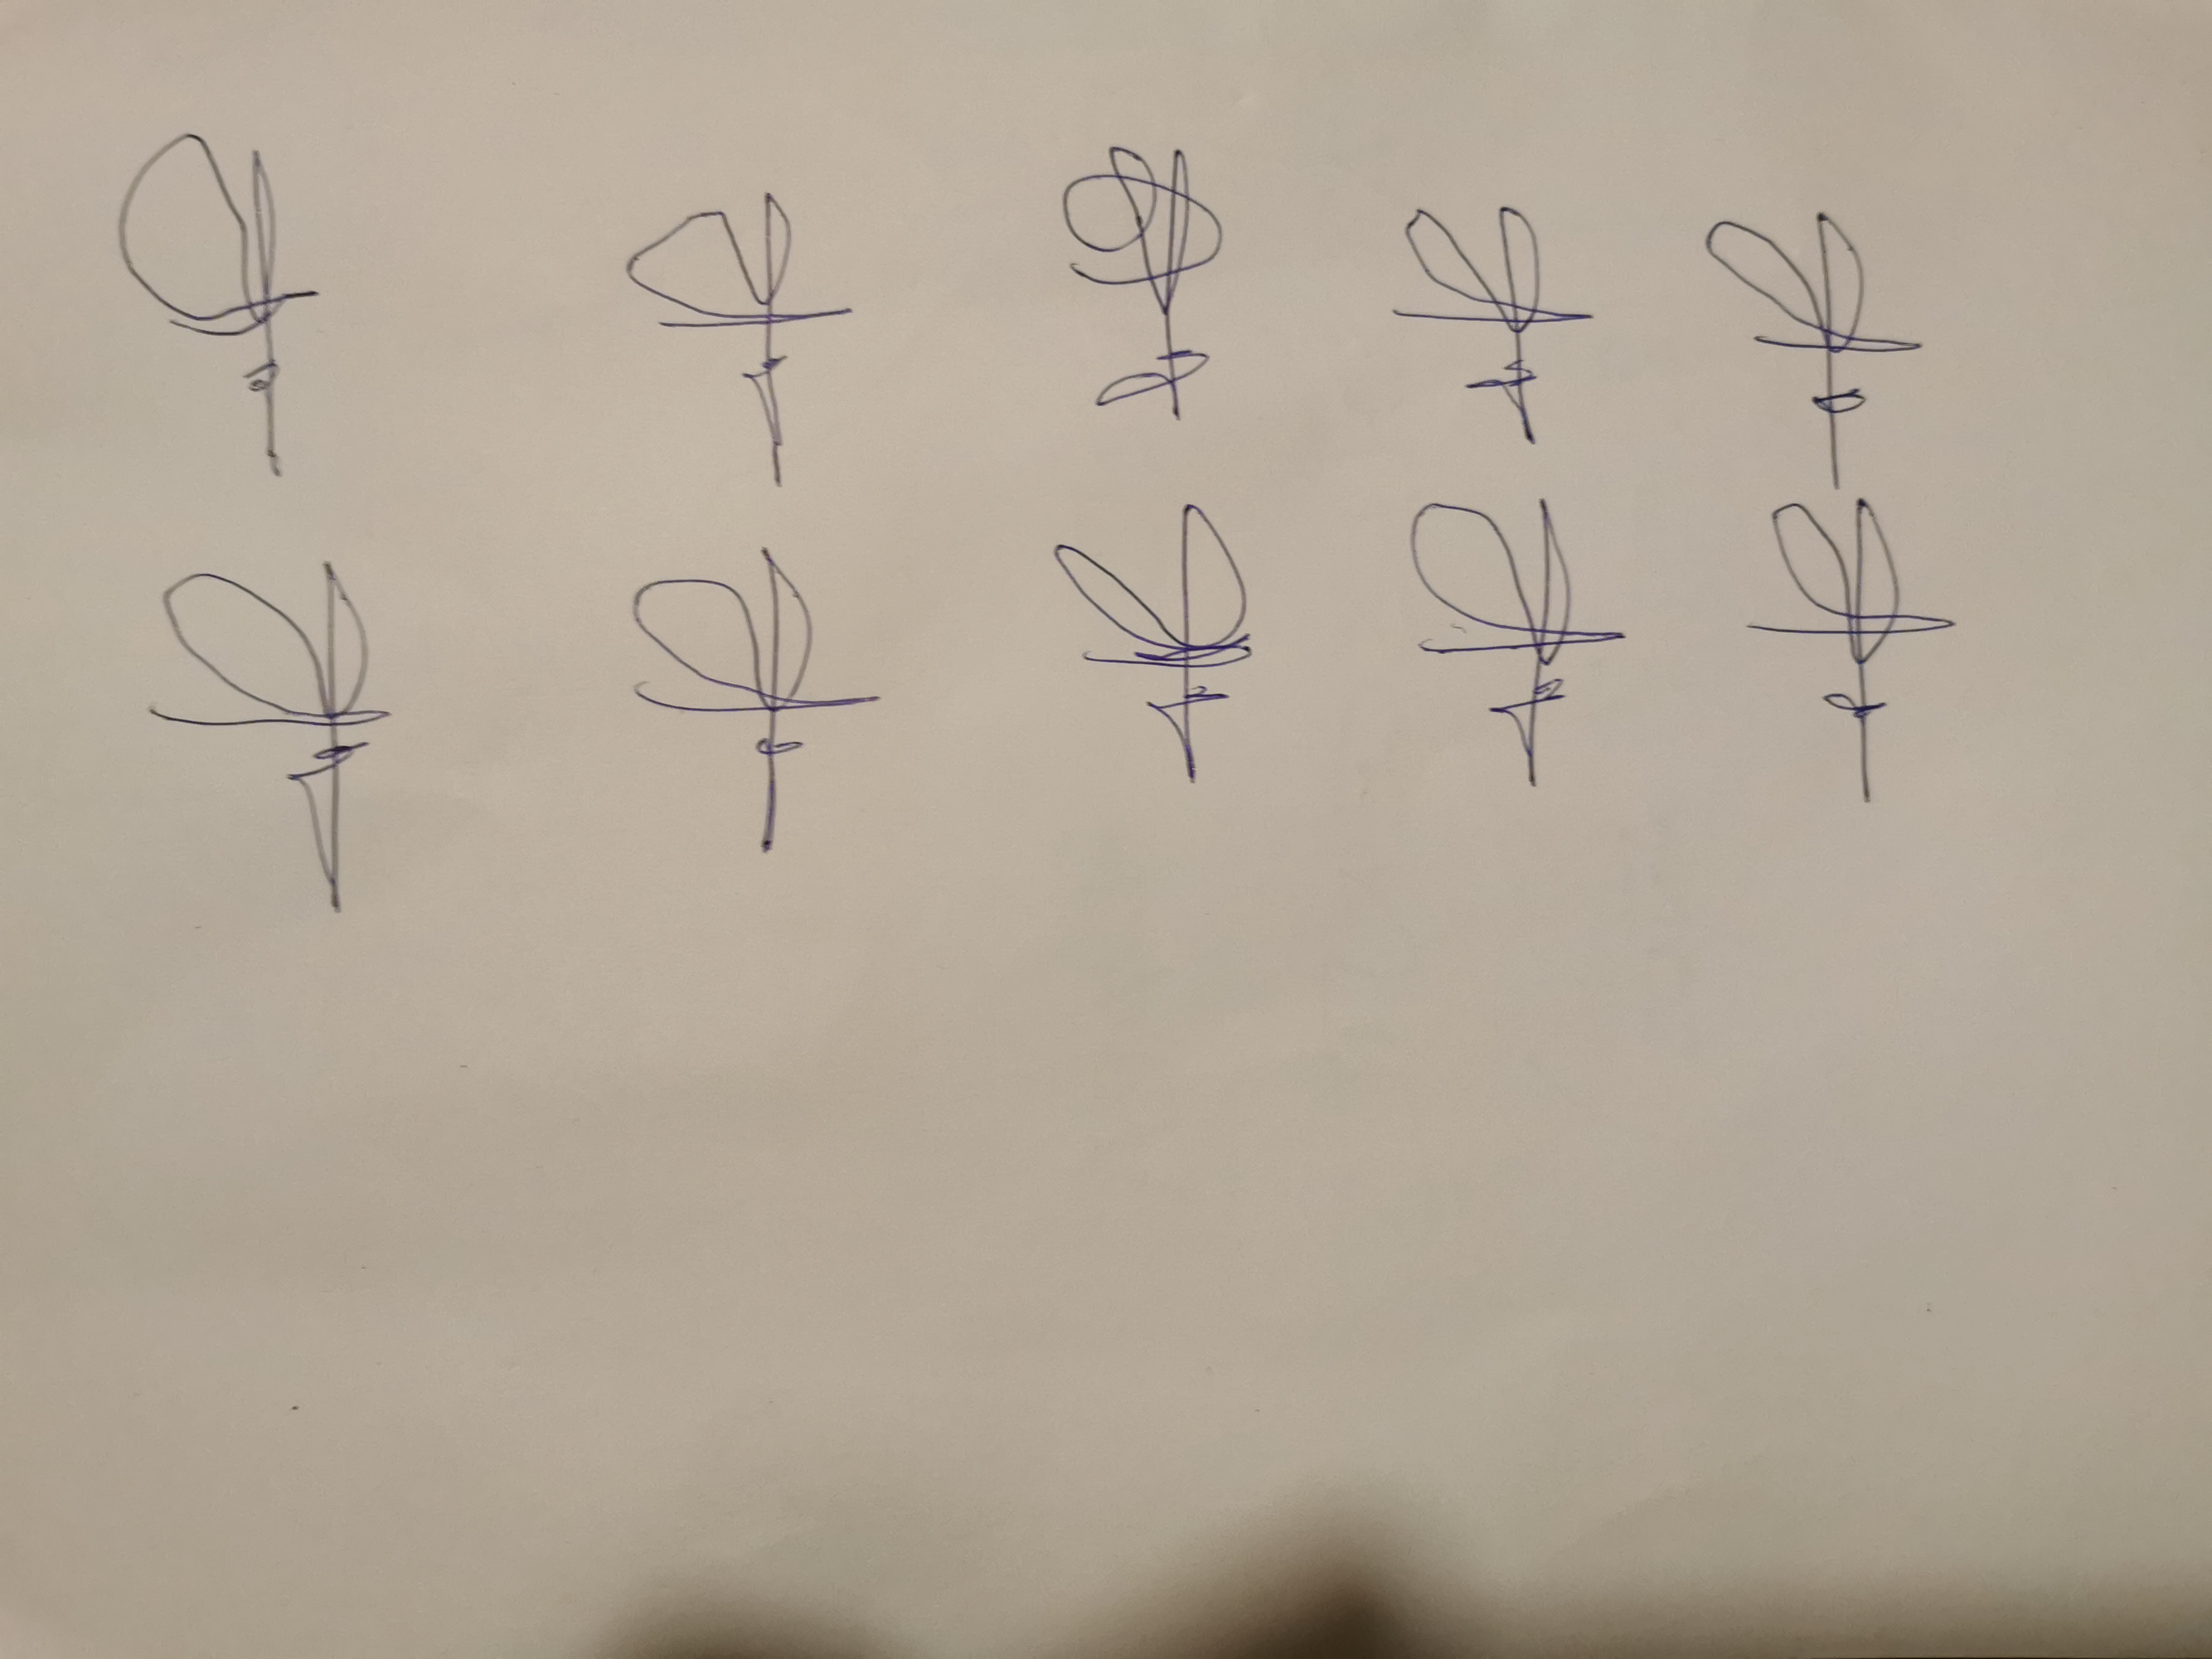
Signature authenticity: forged